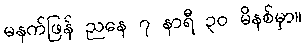
မနက်ဖြန် ညနေ ၇ နာရီ ၃၀ မိနစ်မှာ။